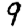
Digit: 9